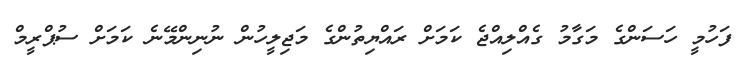
ފަހުމީ ހަސަންގެ މަގާމު ގެއްލިއްޖެ ކަމަށް ރައްޔިތުންގެ މަޖިލީހުން ނުނިންމޭނެ ކަމަށް ސުޕްރީމް